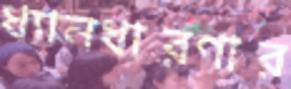
ধ্যানধারণার